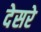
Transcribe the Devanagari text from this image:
देसरे